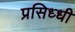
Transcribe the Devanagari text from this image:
प्रसिध्‍धी